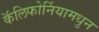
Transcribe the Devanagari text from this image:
कॅलिफोर्नियामधुन